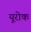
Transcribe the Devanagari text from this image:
यूरोक